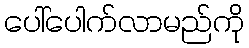
ပေါ်ပေါက်လာမည်ကို